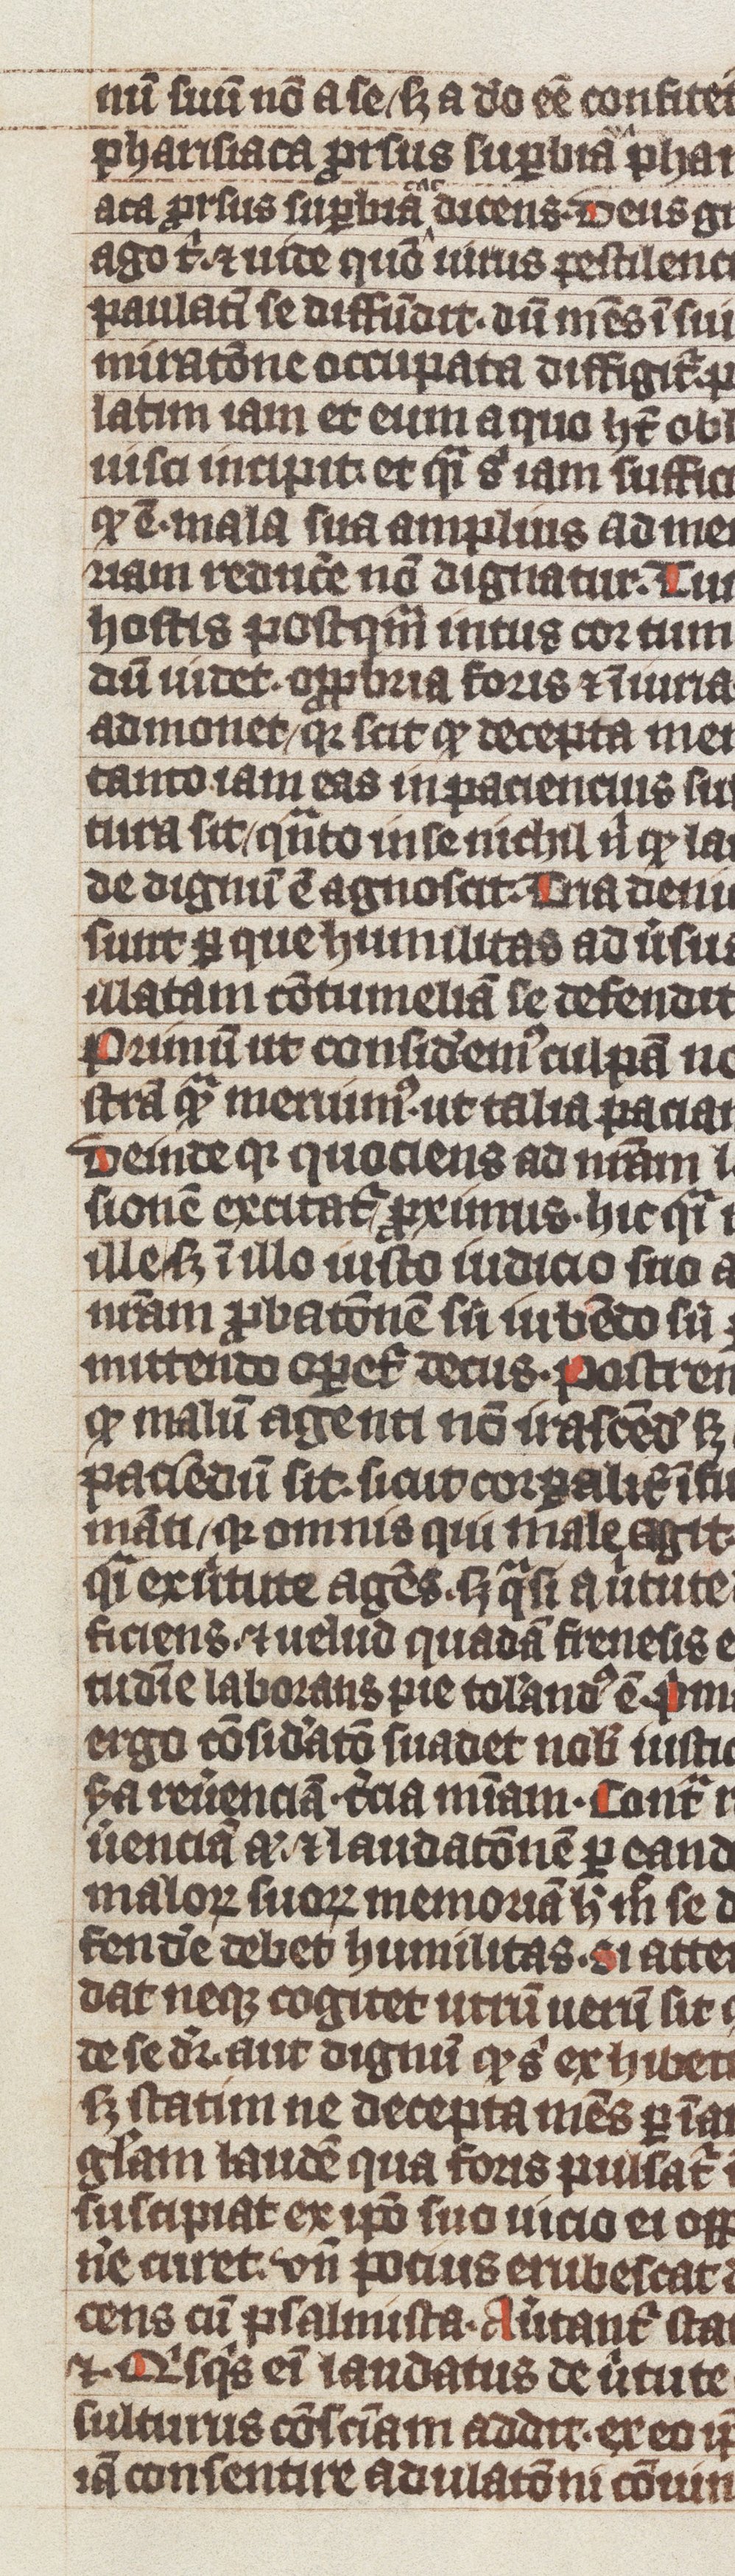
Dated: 1339–1340